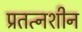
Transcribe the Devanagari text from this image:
प्रतत्नशीन